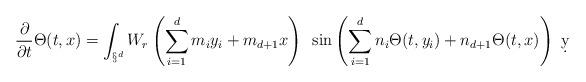
LaTeX: \begin{align*}\frac{\partial}{\partial t} \Theta(t,x) = \int_{\S^d} W_r\left( \sum_{i=1}^d m_i y_i + m_{d+1} x\right) ~\sin\left( \sum_{i=1}^d n_i \Theta(t,y_i) + n_{d+1}\Theta(t,x)\right) \ \d y\end{align*}